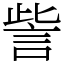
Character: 訾